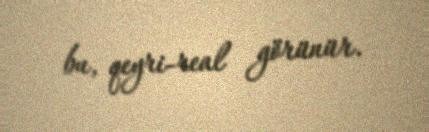
bu, qeyri-real görünür.